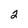
Character: 2